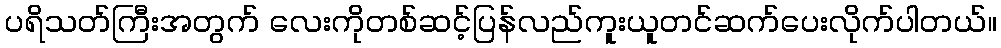
ပရိသတ်ကြီးအတွက် လေးကိုတစ်ဆင့်ပြန်လည်ကူးယူတင်ဆက်ပေးလိုက်ပါတယ်။